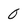
Character: 0